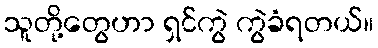
သူတို့တွေဟာ ရှင်ကွဲ ကွဲခံရတယ်။